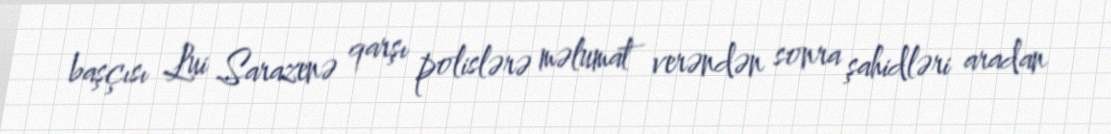
başçısı Lui Sarazenə qarşı polislərə məlumat verəndən sonra şahidləri aradan